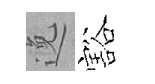
𨓜豁